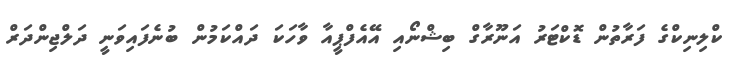
ކްލިނިކްގެ ފަރާތުން ޑޮކްޓަރު އަނޫރާގް ބިޝްނޯއި އޭއެފްޕީއާ ވާހަކަ ދައްކަމުން ބުނެފައިވަނީ ދަލްޖިންދަރް